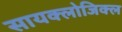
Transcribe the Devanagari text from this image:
सायक्लोजिक्ल